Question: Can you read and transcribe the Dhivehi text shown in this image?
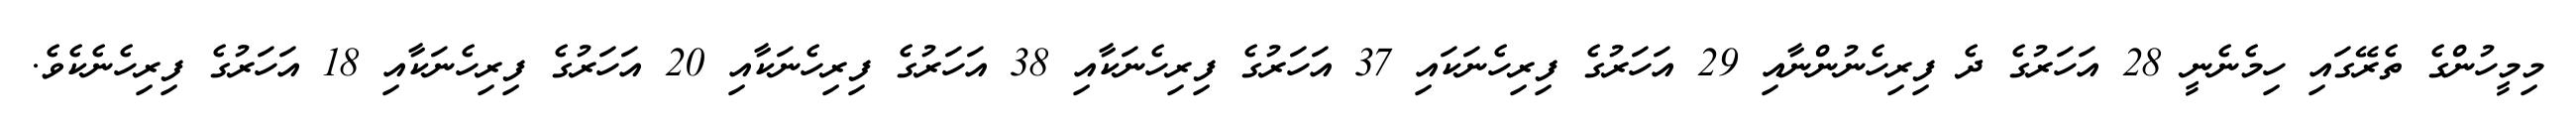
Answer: މިމީހުންގެ ތެރޭގައި ހިމެނެނީ 28 އަހަރުގެ ދެ ފިރިހެނުންނާއި 29 އަހަރުގެ ފިރިހެނަކައި 37 އަހަރުގެ ފިރިހެނަކާއި 38 އަހަރުގެ ފިރިހެނަކާއި 20 އަހަރުގެ ފިރިހެނަކާއި 18 އަހަރުގެ ފިރިހެނެކެވެ.